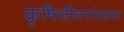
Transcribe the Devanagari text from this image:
कृषिजीवनांतल्या